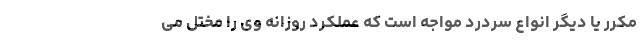
مکرر یا دیگر انواع سردرد مواجه است که عملکرد روزانه وی را مختل می